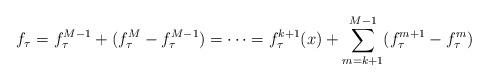
LaTeX: \begin{align*} f_{\tau}=f^{M-1}_{\tau}+(f_{\tau}^M-f^{M-1}_{\tau})=\cdots=f^{k+1}_{\tau}(x)+\sum_{m=k+1}^{M-1}(f^{m+1}_{\tau}-f^{m}_{\tau})\end{align*}